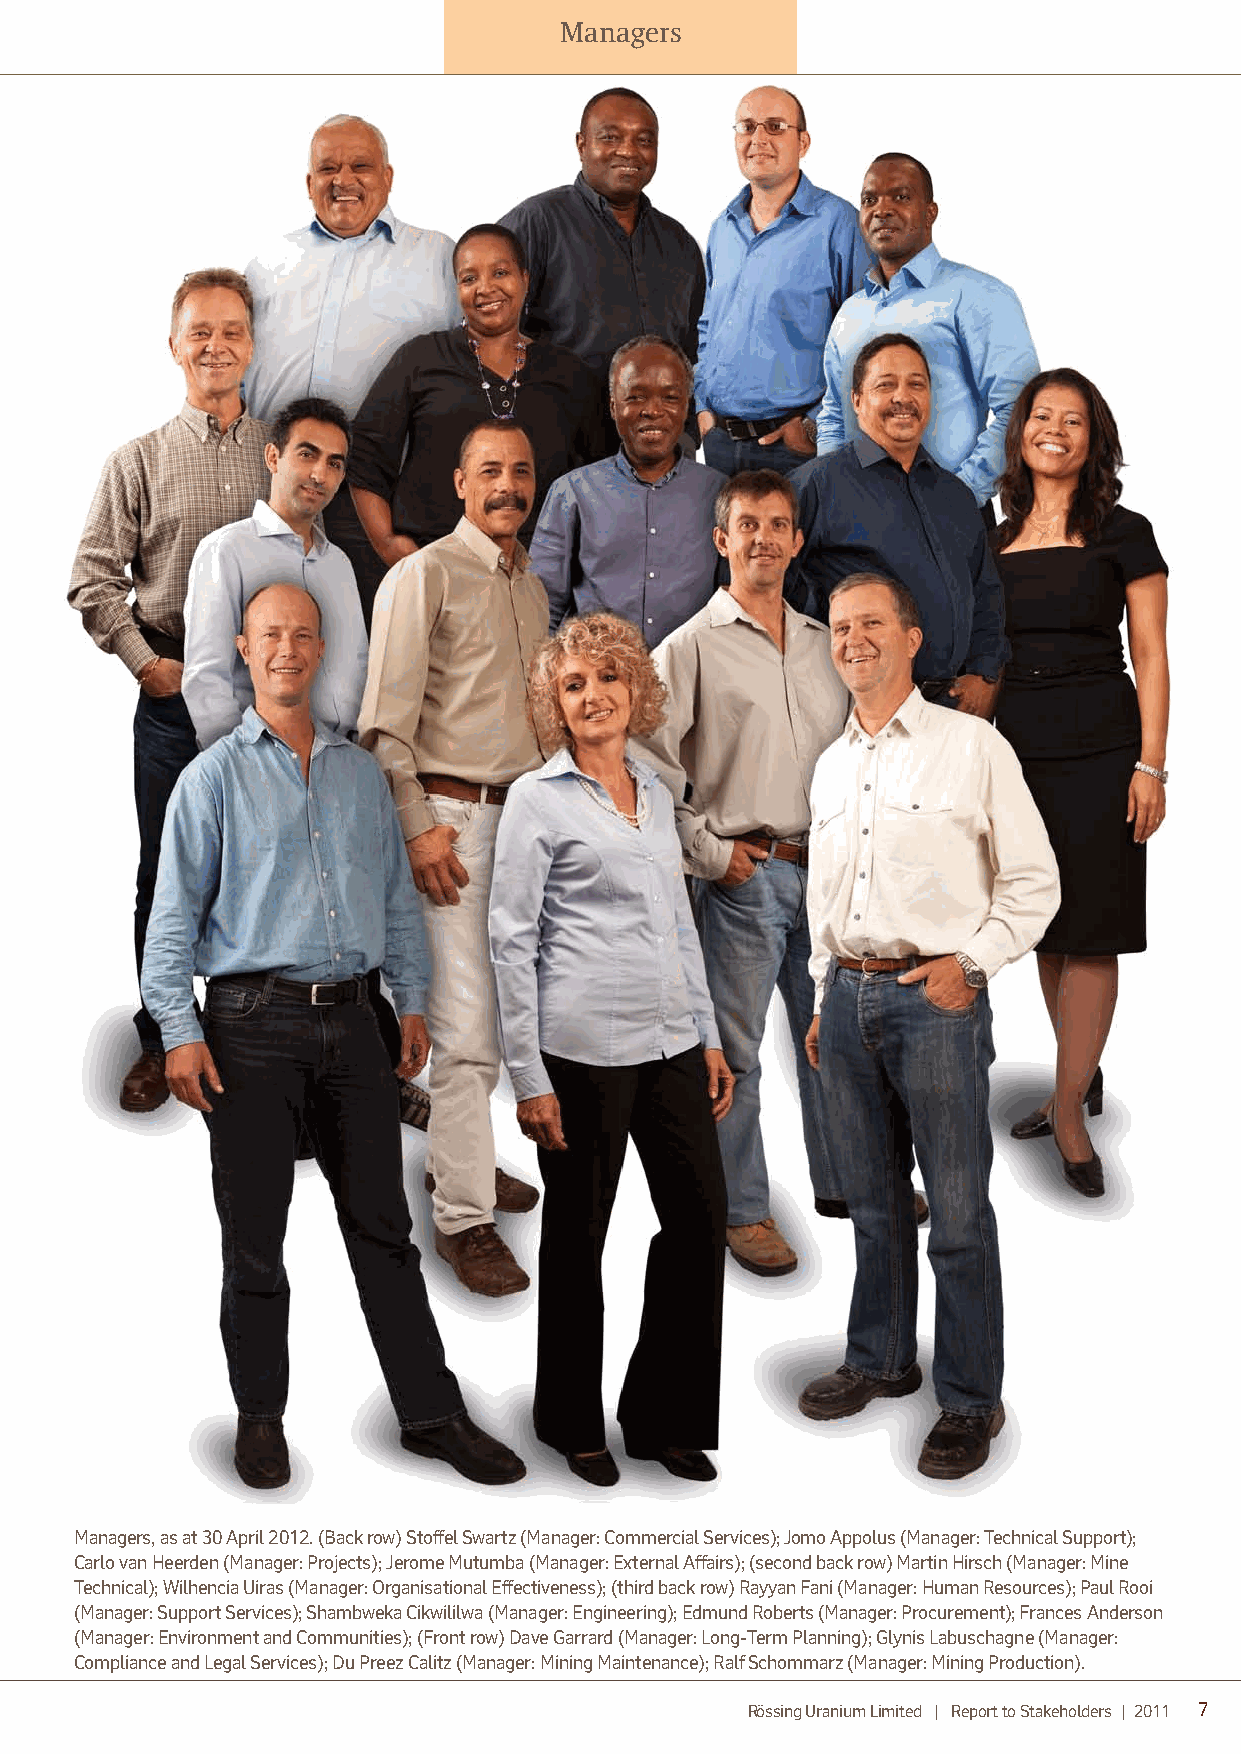
Managers
 Managers, as at 30 April 2012. (Back row) Stoffel Swartz (Manager: Commercial Services); Jomo Appolus (Manager: Technical Support);
 Carlo van Heerden (Manager: Projects); Jerome Mutumba (Manager: External Affairs); (second back row) Martin Hirsch (Manager: Mine
 Technical); Wilhencia Uiras (Manager: Organisational Effectiveness); (third back row) Rayyan Fani (Manager: Human Resources); Paul Rooi
 (Manager: Support Services); Shambweka Cikwililwa (Manager: Engineering); Edmund Roberts (Manager: Procurement); Frances Anderson
 (Manager: Environment and Communities); (Front row) Dave Garrard (Manager: Long-Term Planning); Glynis Labuschagne (Manager:
 Compliance and Legal Services); Du Preez Calitz (Manager: Mining Maintenance); Ralf Schommarz (Manager: Mining Production).
 Rössing Uranium Limited | Report to Stakeholders | 2011 7